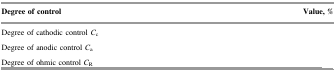
<table><thead><tr><td><b>Degree of control</b></td><td><b>Value, %</b></td></tr></thead><tbody><tr><td>Degree of cathodic control <i>C</i><sub>c</sub></td><td>[EMPTY_CELL]</td></tr><tr><td>Degree of anodic control <i>C</i><sub>a</sub></td><td>[EMPTY_CELL]</td></tr><tr><td>Degree of ohmic control <i>C</i><sub>R</sub></td><td>[EMPTY_CELL]</td></tr></tbody></table>